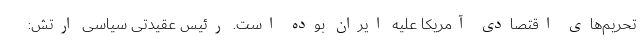
تحریم‌های اقتصادی آمریکا علیه ایران بوده است. رئیس عقیدتی سیاسی ارتش: